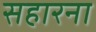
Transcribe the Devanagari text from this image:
सहारना